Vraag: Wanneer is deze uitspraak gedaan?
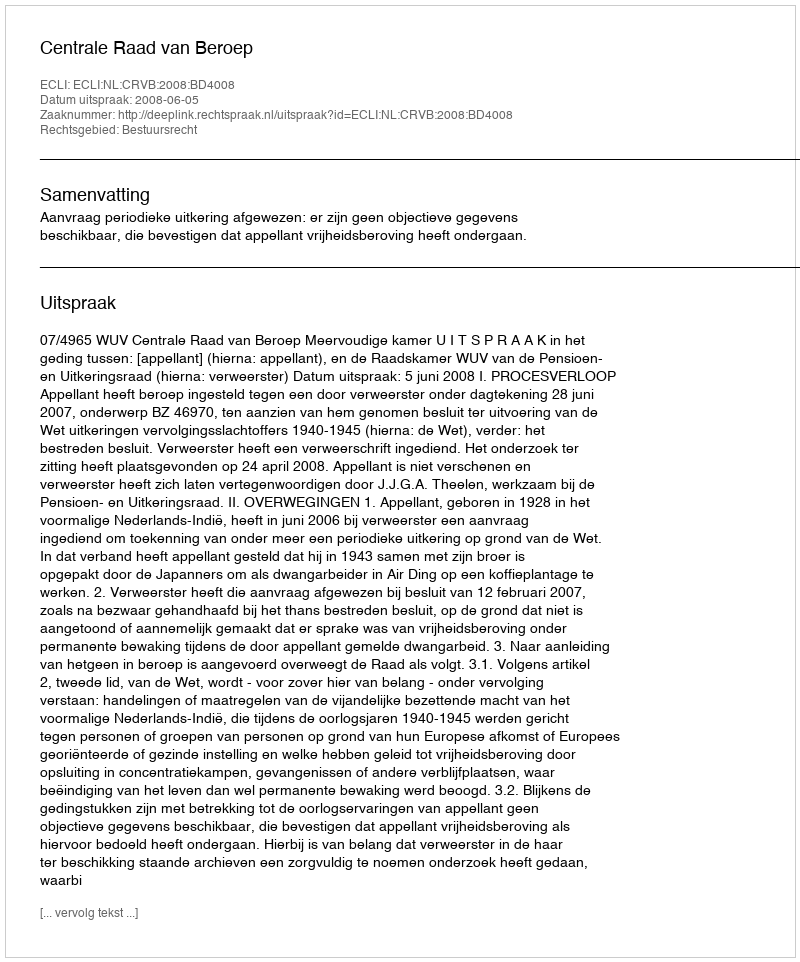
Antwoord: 2008-06-05